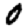
Digit: 0